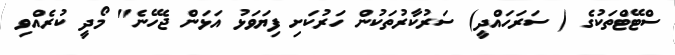
ސްޓޭޓްތަކުގެ ( ސަރަހައްދީ) ސަރުކާރުތަކުން ހަރުކަށި ފިޔަވަޅު އަޅަން ޖެހޭނެ" މޯދީ ކުރެއްވި